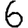
Digit: 6